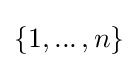
\mathbf {\{} 1,...\,,n\}